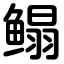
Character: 鳎